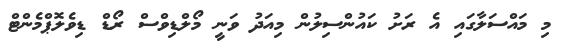
މި މައްސަލާގައި އެ ރަށު ކައުންސިލުން މިއަދު ވަނީ މޯލްޑިވްސް ރޯޑް ޑިވެލޮޕްމެންޓް